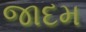
જાદમ